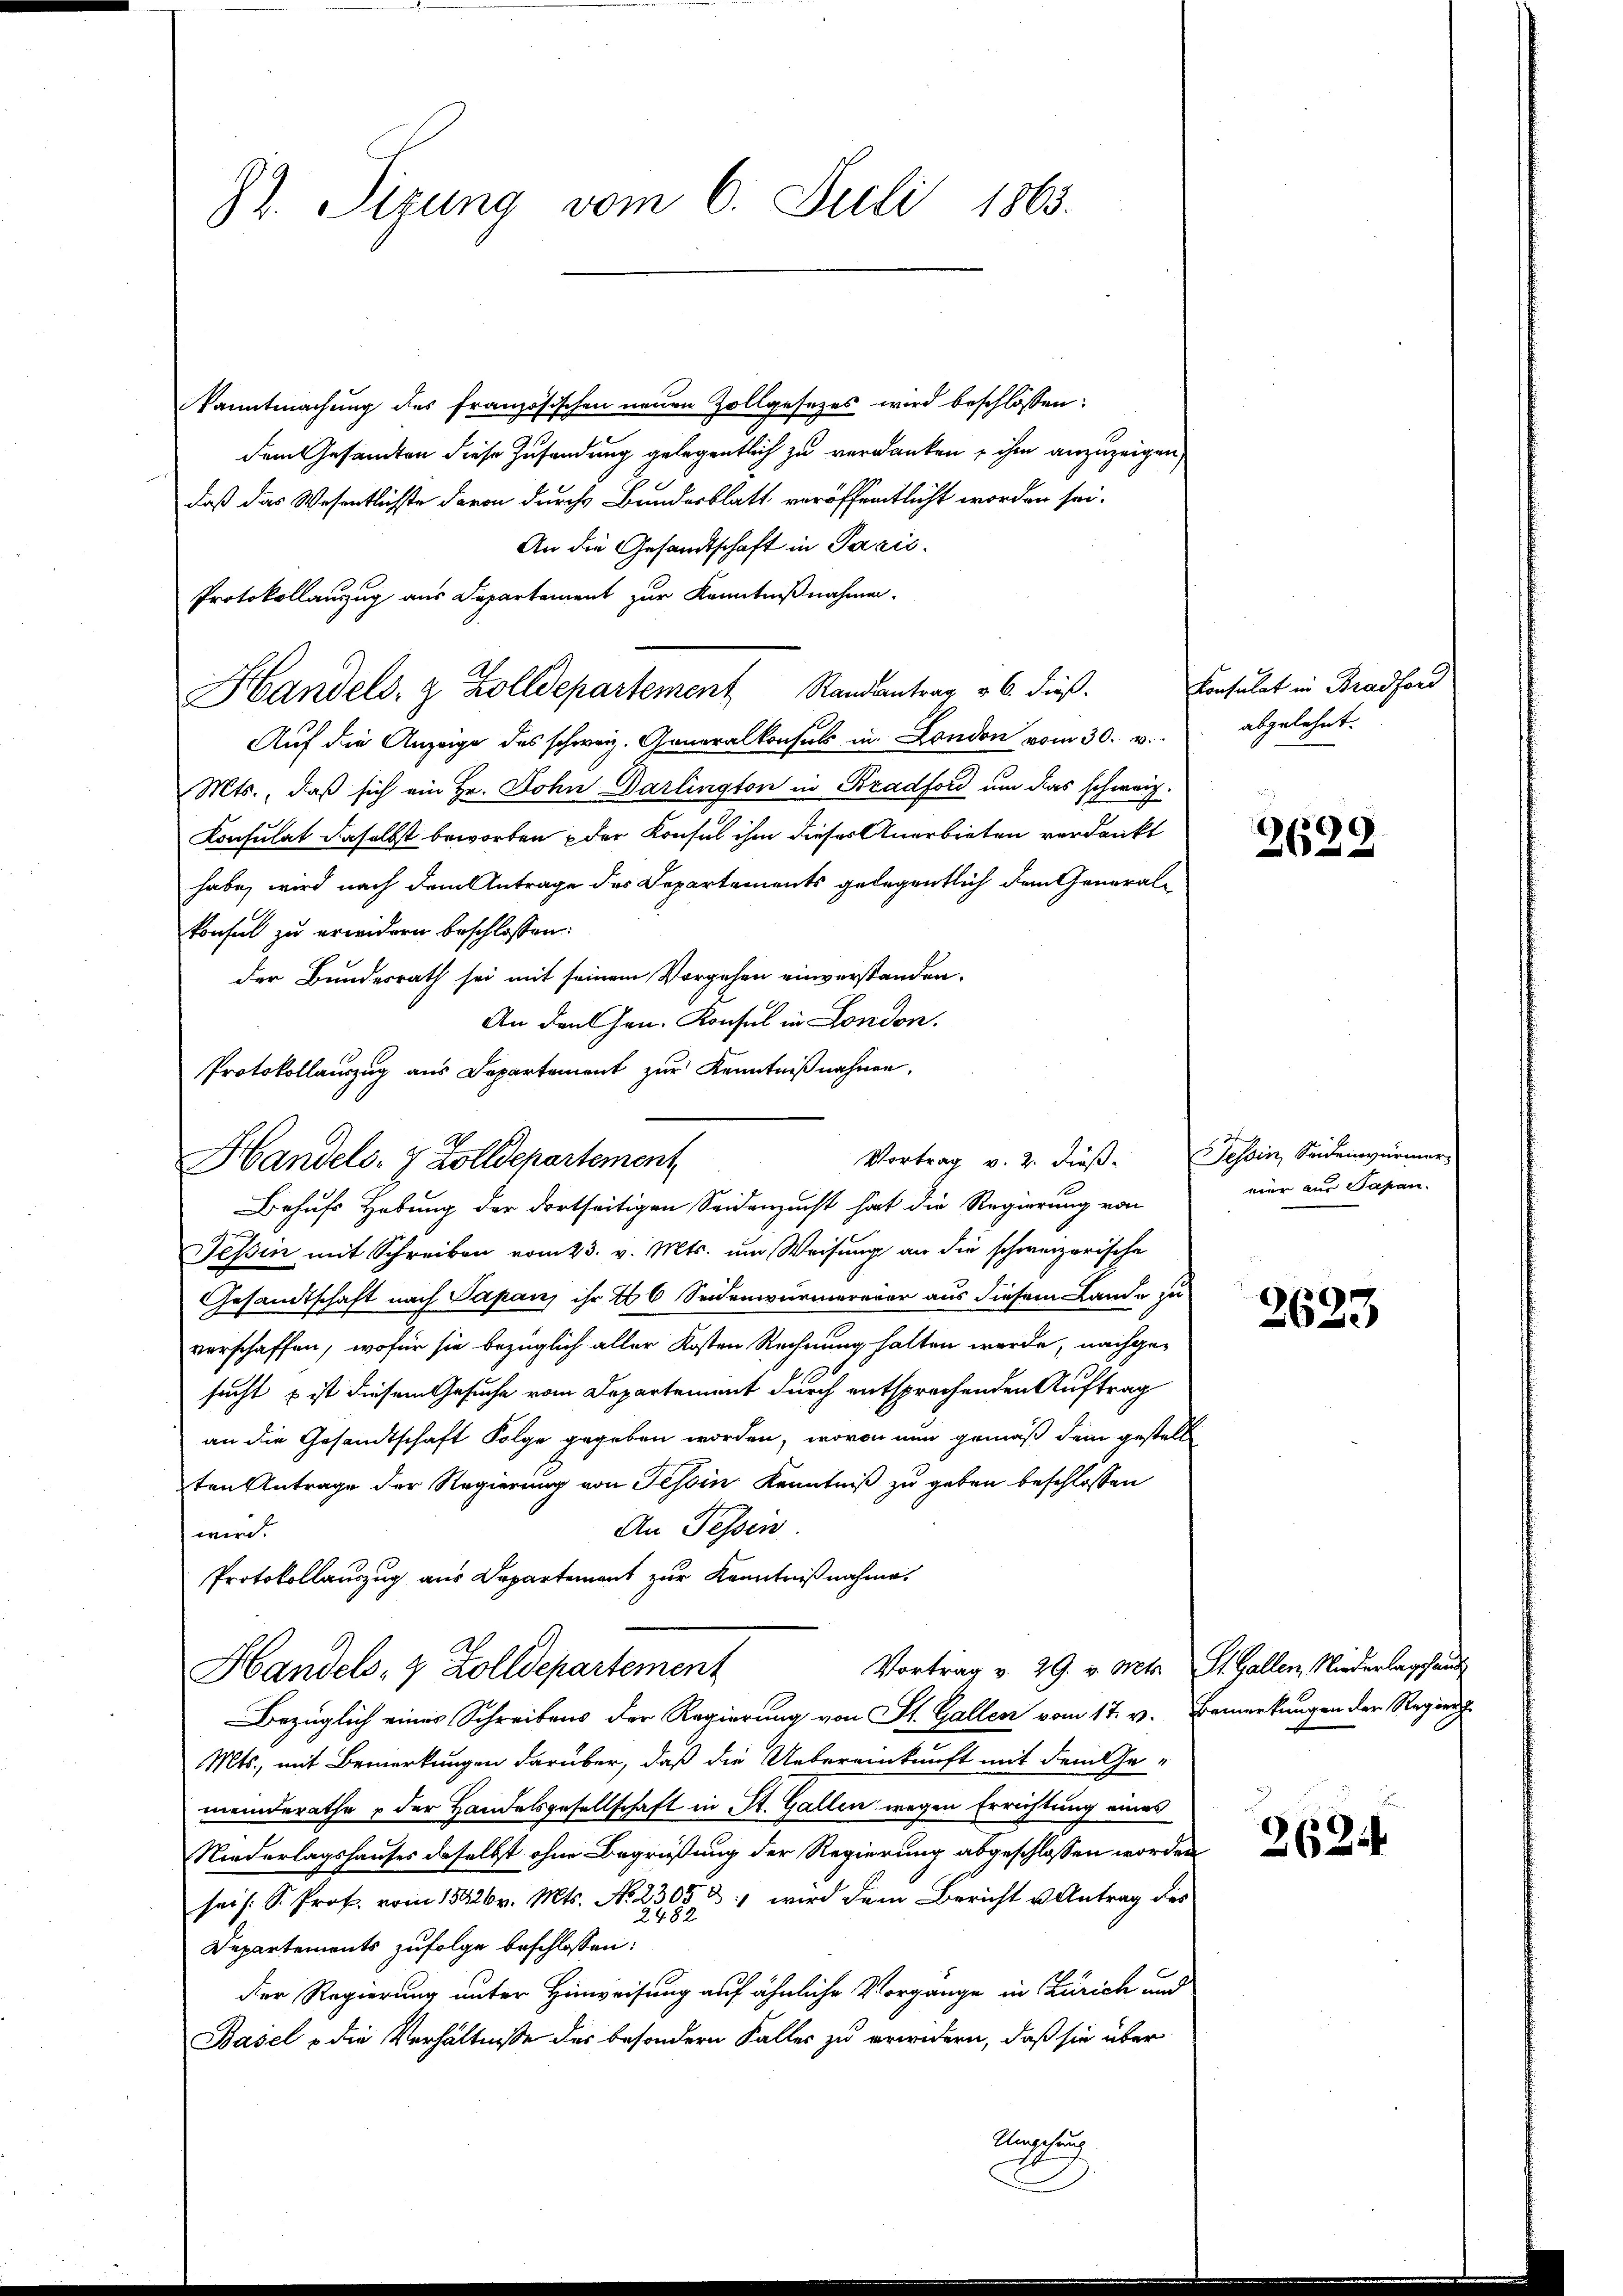
82. Sizung vom 6. Juli 1863.

kanntmachung des französischen neuen Zollgesetzes wird beschlossen:
dem Gesandten diese Zusendung gelegentlich zu verdanken, ihm anzuzeigen
daß das Wesentlichste davon durch Bundesblatt veröffentlicht worden sei.
An die Gesandtschaft in Paris.
Protokollauszug aus Departement zur Kenntnißnahmen.
Handels- & Zolldepartement Randantrag v. 6. dieß.
Auf die Anzeige des schweiz. Generalkonsuls in London vom 30. v.
Mts., daß sich ein Hr. John Darlington in Bradford um das schweiz.
Konsulat daselbst beworben der Konsul ihm dieses Anerbieten verdankt
habe, wird nach dem Antrage des Departements gelegentlich dem General-
konsul zu erwidern beschlossen:
der Bundesrath sei mit seinem Vorgehen einverstanden.
An den Hrn. Konsul in London.
Protokollauszug aus Departement zur Kenntnißnahmen,
Behufs Hebung der dortseitigen Seidenzucht hat die Regierung von
Tessin mit Schreiben vom 23. v. Mts. um Weisung an die schweizerische
Gesandtschaft nach Papan, ihr 206 Seidenwürmererer aus diesem Lande zu
verschaffen, wofür sie bezüglich aller Kosten Rechnung halten werde, nachge-
sucht & ist diesem Gesuche vom Departement durch entsprochenden Auftrag
an die Gesandtschaft Folge gegeben worden, wovon nun gemäß dem gestell
ten Antrage der Regierung von Tessin Kenntniß zu geben beschlossen
An Tessin
wird.
Protokollauszug aus Departement zur Kenntnißnahme.
Vortrag v. 29. v. Mts. St. Gallen, Niederlagshand
Handels, 4 Zolldepartement
Bezüglich eines Schreibens der Regierung von St. Gallen vom 17. v. Bemerkungen der Regier
Mts., mit Bemerkungen darüber, daß die Uebereinkunft mit dem Ge-
meinderathe & der Handelsgesellschaft in St. Gallen wegen Errichtung eines
Niederlagshauses daselbst ohne Begrüßung der Regierung abgeschlossen worden
seis. S. Prof. vom 15426 v. Mts. No. 2305 u. wird dann Bericht u. Antrag des
2482
Departements zufolge beschlossen:
Der Regierung unter Hinweisung auf ähnliche Vorgange in Zürich und
Basel & die Verhältnisse des besondern Falles zu erwidern, daß sie über
Umgehung

Vortrag v. 2. dieß.
Handels- & Zolldepartement,

Consulat in Bradford
abgelehnt.

3629

Tessin, Seidenwurmer
nur aus Sapan.

2623

262.